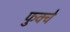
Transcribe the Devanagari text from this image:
फुक्चे